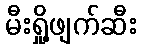
မီးရှို့ဖျက်ဆီး